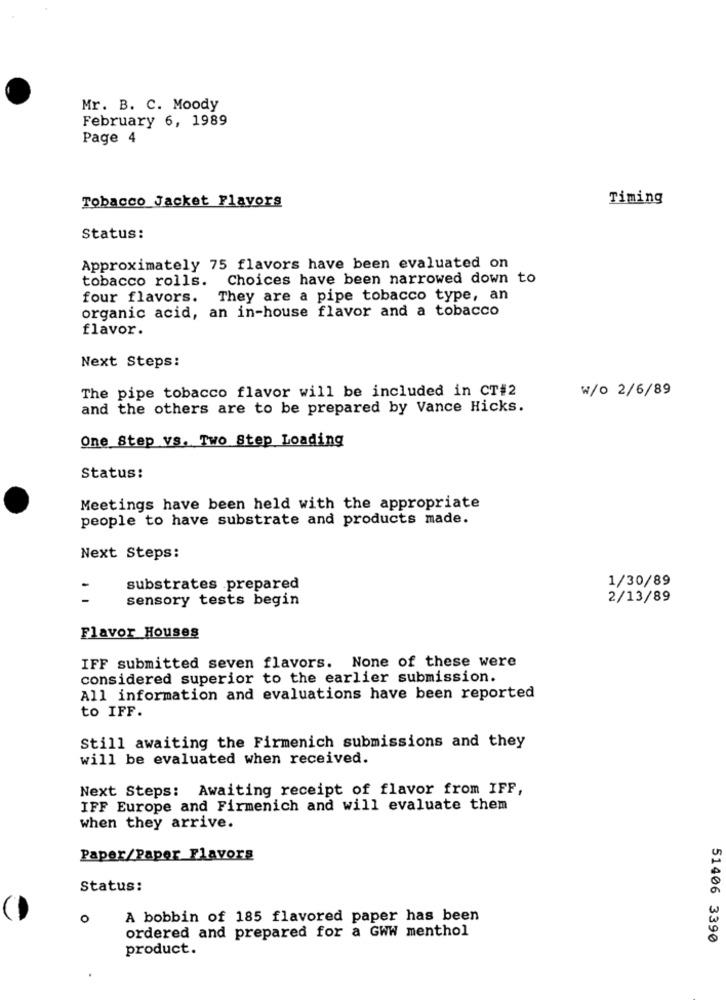
Mr. B. C. Moody
February 6, 1989
Page 4
Tobacco Jacket Flavors
Timing
Status:
Approximately 75 flavors have been evaluated on
tobacco rolls. Choices have been narrowed down to
four flavors. They are a pipe tobacco type, an
organic acid, an in-house flavor and a tobacco
flavor.
Next Steps:
The pipe tobacco flavor will be included in CT#2
W/o 2/6/89
and the others are to be prepared by Vance Hicks.
One Step VS. Two Step Loading
Status:
Meetings have been held with the appropriate
people to have substrate and products made.
Next Steps:
1/30/89
substrates .prepared
sensory tests begin
2/13/89
Flavor Houses
IFF submitted seven flavors. None of these were
considered superior to the earlier submission.
All information and evaluations have been reported
to IFF.
Still awaiting the Firmenich submissions and they
will be evaluated when received.
Next Steps: Awaiting receipt of flavor from IFF,
IFF Europe and Firmenich and will evaluate them
when they arrive.
Paper/Paper Flavors
Status:
o
A bobbin of 185 flavored paper has been
ordered and prepared for a GWW menthol
51406 3390
product.